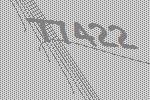
77422